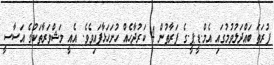
ފުރަތަ ބައްދަލުވުމުގައި އެމް.ޑީ.ޕީ.ގެ ފަރާތުން 4 ކަރުދާހެއް ހުށަހަޅާފައިވެވެ. އެއީ މަޝްވަރާތަކުގެ އަސާސީ